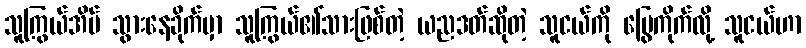
သူကြွယ်အိမ် သွားနေခိုက်မှာ သူကြွယ်၏သားဖြစ်တဲ့ ယညဒတ်ဆိုတဲ့ သူငယ်ကို မြွေကိုက်လို့ သူငယ်ဟာ